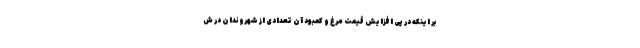
بر اینکه در پی افزایش قیمت مرغ و کمبود آن تعدادی از شهروندان در ش